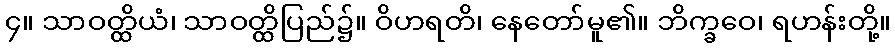
၄။ သာဝတ္ထိယံ၊ သာဝတ္ထိပြည်၌။ ဝိဟရတိ၊ နေတော်မူ၏။ ဘိက္ခဝေ၊ ရဟန်းတို့။